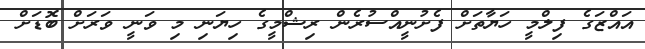
އައްޒަގެ ފިލްމީ ހަޔާތަށް ފެށުނީއްސުރެން ރިޝްމީގެ ހިޔަނި މި ވަނީ ވަރަށް ބޮޑަށް